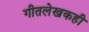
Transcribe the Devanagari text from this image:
गीतलेखकही